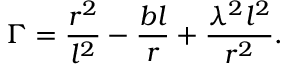
\Gamma = \frac { r ^ { 2 } } { l ^ { 2 } } - \frac { b l } r + \frac { \lambda ^ { 2 } l ^ { 2 } } { r ^ { 2 } } .